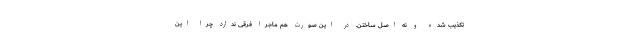
تکذیب شده و نه اصل ساختن. در این صورت هم ماجرا فرقی ندارد چرا این